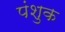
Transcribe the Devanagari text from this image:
पंशुक